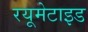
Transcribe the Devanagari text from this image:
रयूमेटाइड